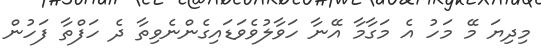
މިދިޔަ މޭ މަހު އެ މަގާމާ އޭނާ ހަވާލުވެވަޑައިގެންނެވިތާ ދެ ހަފްތާ ފަހުން